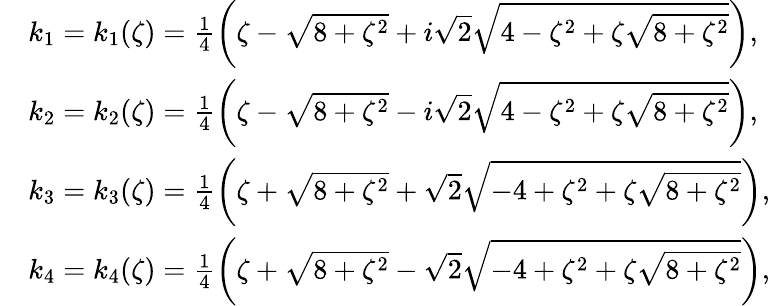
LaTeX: \begin{array}{rl}&{k_{1}=k_{1}(\zeta)=\frac{1}{4}\bigg(\zeta-\sqrt{8+\zeta^{2}}+i\sqrt{2}\sqrt{4-\zeta^{2}+\zeta\sqrt{8+\zeta^{2}}}\bigg),}\\ &{k_{2}=k_{2}(\zeta)=\frac{1}{4}\bigg(\zeta-\sqrt{8+\zeta^{2}}-i\sqrt{2}\sqrt{4-\zeta^{2}+\zeta\sqrt{8+\zeta^{2}}}\bigg),}\\ &{k_{3}=k_{3}(\zeta)=\frac{1}{4}\bigg(\zeta+\sqrt{8+\zeta^{2}}+\sqrt{2}\sqrt{-4+\zeta^{2}+\zeta\sqrt{8+\zeta^{2}}}\bigg),}\\ &{k_{4}=k_{4}(\zeta)=\frac{1}{4}\bigg(\zeta+\sqrt{8+\zeta^{2}}-\sqrt{2}\sqrt{-4+\zeta^{2}+\zeta\sqrt{8+\zeta^{2}}}\bigg),}\end{array}